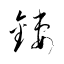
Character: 鏤